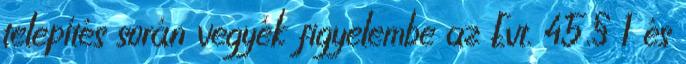
telepítés során vegyék figyelembe az Evt. 45.§ 1 és